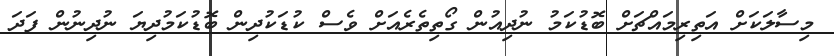
މިސާލަކަށް އަތިރިމައްޗަށް ބޮޑުކަމު ނުދިއުން ގޯތިތެރެއަށް ވެސް ކުޑަކުދިން ބޮޑުކަމުދިޔަ ނުދިނުން ފަދަ